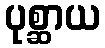
ပုစ္ဆာယ